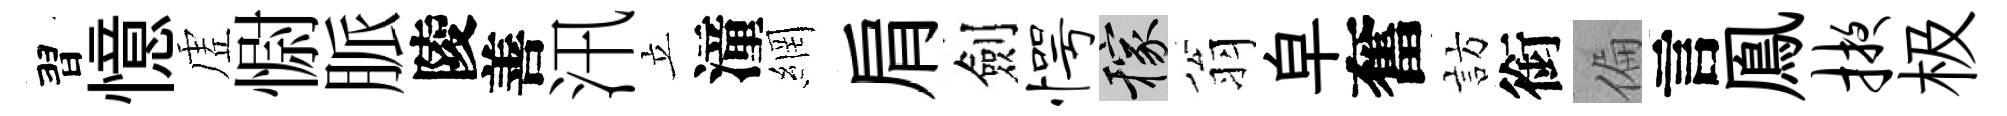
習憶虗𢠢脈陵善汛立潼網肩劍愕稼翁皁奮訪銜偏言鳯掖极